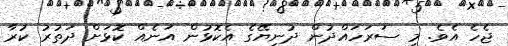
ޖެހެ އެވެ. މި ސަރަހައްދުން ދުނިޔޭގެ އެކޮޅުން އަނެއް ކޮޅަށް ދަތުރު ކުރާ